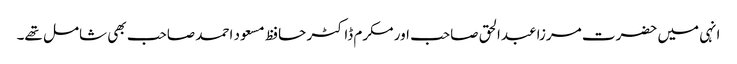
انہی میں حضرت مرزا عبدالحق صاحب اور مکرم ڈاکٹر حافظ مسعود احمد صاحب بھی شامل تھے۔